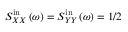
S _ { X X } ^ { \mathrm { i n } } \left( \omega \right) = S _ { Y Y } ^ { \mathrm { i n } } \left( \omega \right) = 1 / 2